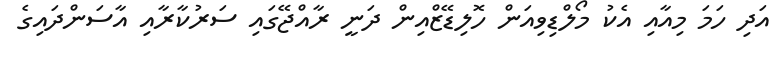
އަދި ހަމަ މިއާއި އެކު މޯލްޑިވިއަން ހޮލިޑޭޒްއިން ދަނީ ރާއްޖޭގައި ސަރުކާރާއި އާސަންދައިގެ